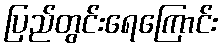
ပြည်တွင်းရေကြောင်း